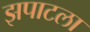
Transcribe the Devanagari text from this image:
झपाटला